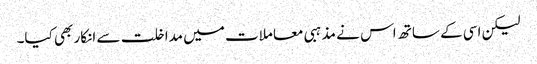
لیکن اسی کے ساتھ اس نے مذہبی معاملات میں مداخلت سے انکار بھی کیا۔